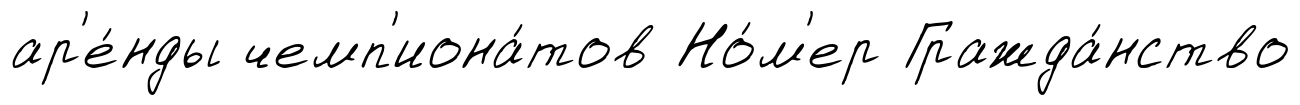
ар'е́нды чемп'иона́тов Но́м'ер Гражда́нство